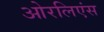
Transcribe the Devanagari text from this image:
ओरलिएंस